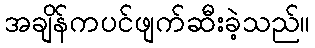
အချိန်ကပင်ဖျက်ဆီးခဲ့သည်။